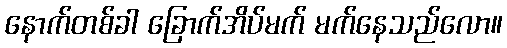
နောက်တစ်ခါ ခြောက်အိပ်မက် မက်နေသည်လော။